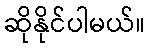
ဆိုနိုင်ပါမယ်။